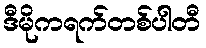
ဒီမိုကရက်တစ်ပါတီ